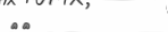
١١